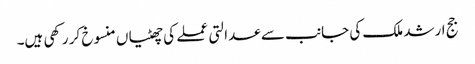
جج ارشد ملک کی جانب سے عدالتی عملے کی چھٹیاں منسوخ کر رکھی ہیں۔